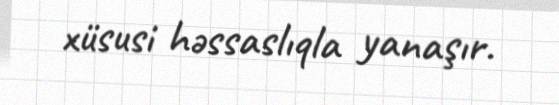
xüsusi həssaslıqla yanaşır.